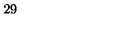
2 9